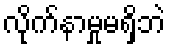
လိုက်နာမှုမရှိဘဲ